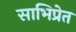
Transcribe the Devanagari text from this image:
साभिप्रेत